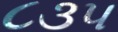
૮૩૫